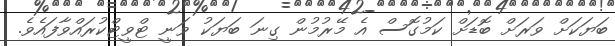
ބަޔަކަށް ވަރަށް ބޮޑަށް ކަމުގޮސް އެ މޭރުމުން ގިނަ ބަޔަކު ވަނީ ޓްވީޓްކުރައްވާފައެވެ.